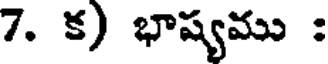
7. క) భాష్యము :